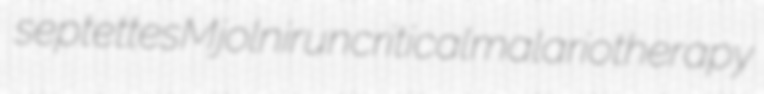
septettes Mjolnir uncritical malariotherapy